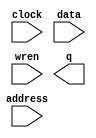
module ram30x4 (
	address,
	clock,
	data,
	wren,
	q);
	input	[4:0]  address;
	input	  clock;
	input	[3:0]  data;
	input	  wren;
	output	[3:0]  q;
`ifndef ALTERA_RESERVED_QIS
// synopsys translate_off
`endif
	tri1	  clock;
`ifndef ALTERA_RESERVED_QIS
// synopsys translate_on
`endif
endmodule